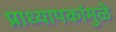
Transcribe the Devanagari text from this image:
प्राध्यापकांमुळे